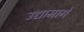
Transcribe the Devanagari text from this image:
उद्यामागे